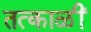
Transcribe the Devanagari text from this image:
तत्काळीं